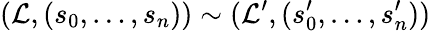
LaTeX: ({\mathcal{L}},(s_{0},\ldots,s_{n}))\sim({\mathcal{L}}^{\prime},(s_{0}^{\prime},\ldots,s_{n}^{\prime}))